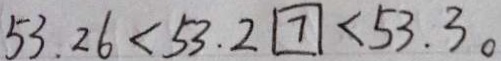
5 3 . 2 6 < 5 3 . 2 7 < 5 3 . 3 0